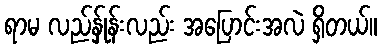
ရာမ လည်န်ှုန်းလည်း အပြောင်းအလဲ ရှိတယ်။